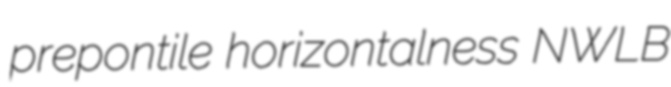
prepontile horizontalness NWLB